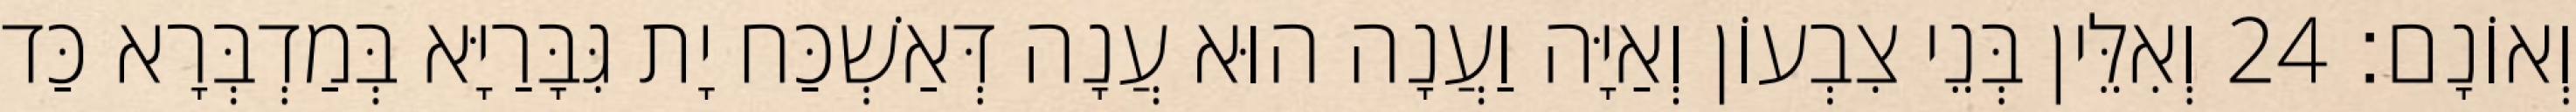
וְאוֹנָם׃ 24 וְאִלֵּין בְּנֵי צִבְעוֹן וְאַיָּה וַעֲנָה הוּא עֲנָה דְּאַשְׁכַּח יָת גִּבָּרַיָּא בְּמַדְבְּרָא כַּד